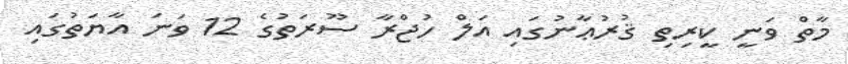
މާތް ވަނީ ކީރިތި ޤުރުޢާނުގައި އަލް ހުޖްރާ ސޫރަތުގެ 12 ވަނަ އާޔަތުގައި